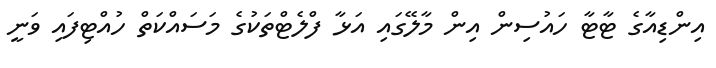
އިންޑިއާގެ ޓާޓާ ހައުސިން އިން މާލޭގައި އަޅާ ފްލެޓްތަކުގެ މަސައްކަތް ހުއްޓިފައި ވަނީ